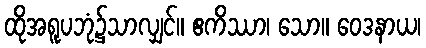
ထိုအရူပဘုံ၌သာလျှင်။ ဧကိဿာ၊ သော။ ဝေဒနာယ၊